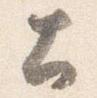
土